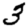
Digit: 3